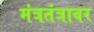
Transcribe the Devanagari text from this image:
मंत्रतंत्रावर